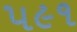
૫૯૧